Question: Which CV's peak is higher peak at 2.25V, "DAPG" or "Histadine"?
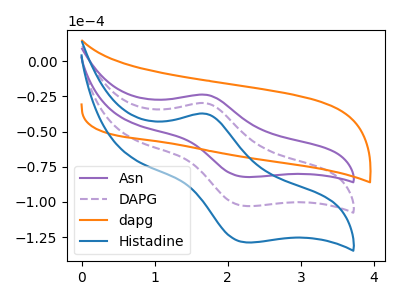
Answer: <think>The purple curve "Asn" has an anodic peak at (1.70V, -23.90uA) and a cathodic peak at (2.25V, -82.30uA). The purple dashed curve "DAPG" has an anodic peak at (1.70V, -29.90uA) and a cathodic peak at (2.25V, -102.90uA). The orange curve "dapg" has no peaks. The blue curve "Histadine" has an anodic peak at (1.70V, -59.80uA) and a cathodic peak at (2.25V, -205.85uA).</think>
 <answer>The peak at 2.25V is lower in "DAPG" than in "Histadine".</answer>
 <eval>lower</eval>